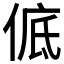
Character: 𪝊